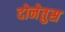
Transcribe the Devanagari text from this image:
दोनेतुस